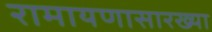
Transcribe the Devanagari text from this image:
रामायणासारख्या